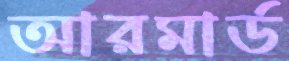
আরমার্ড